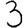
Digit: 3